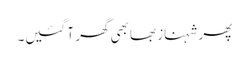
پھر شہناز بھابھی گھر آ گئیں۔